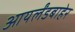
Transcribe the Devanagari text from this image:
आयर्लंडबाहेर